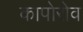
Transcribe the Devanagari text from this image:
कापोरोव